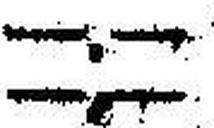
—.—